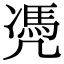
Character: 凴